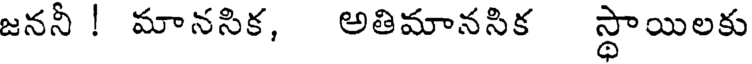
జననీ ! మానసిక, అతిమానసిక స్థాయిలకు